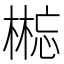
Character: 𰘘